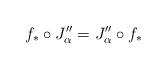
LaTeX: \begin{align*}f_\ast \circ J''_\alpha = J''_\alpha \circ f_\ast \end{align*}